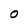
Character: O